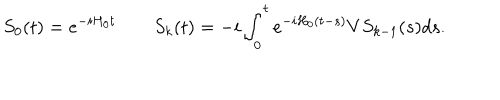
LaTeX: S _ { 0 } ( t ) = e ^ { - i H _ { 0 } t } \qquad S _ { k } ( t ) = - i \int _ { 0 } ^ { t } e ^ { - i H _ { 0 } ( t - s ) } V S _ { k - 1 } ( s ) d s .